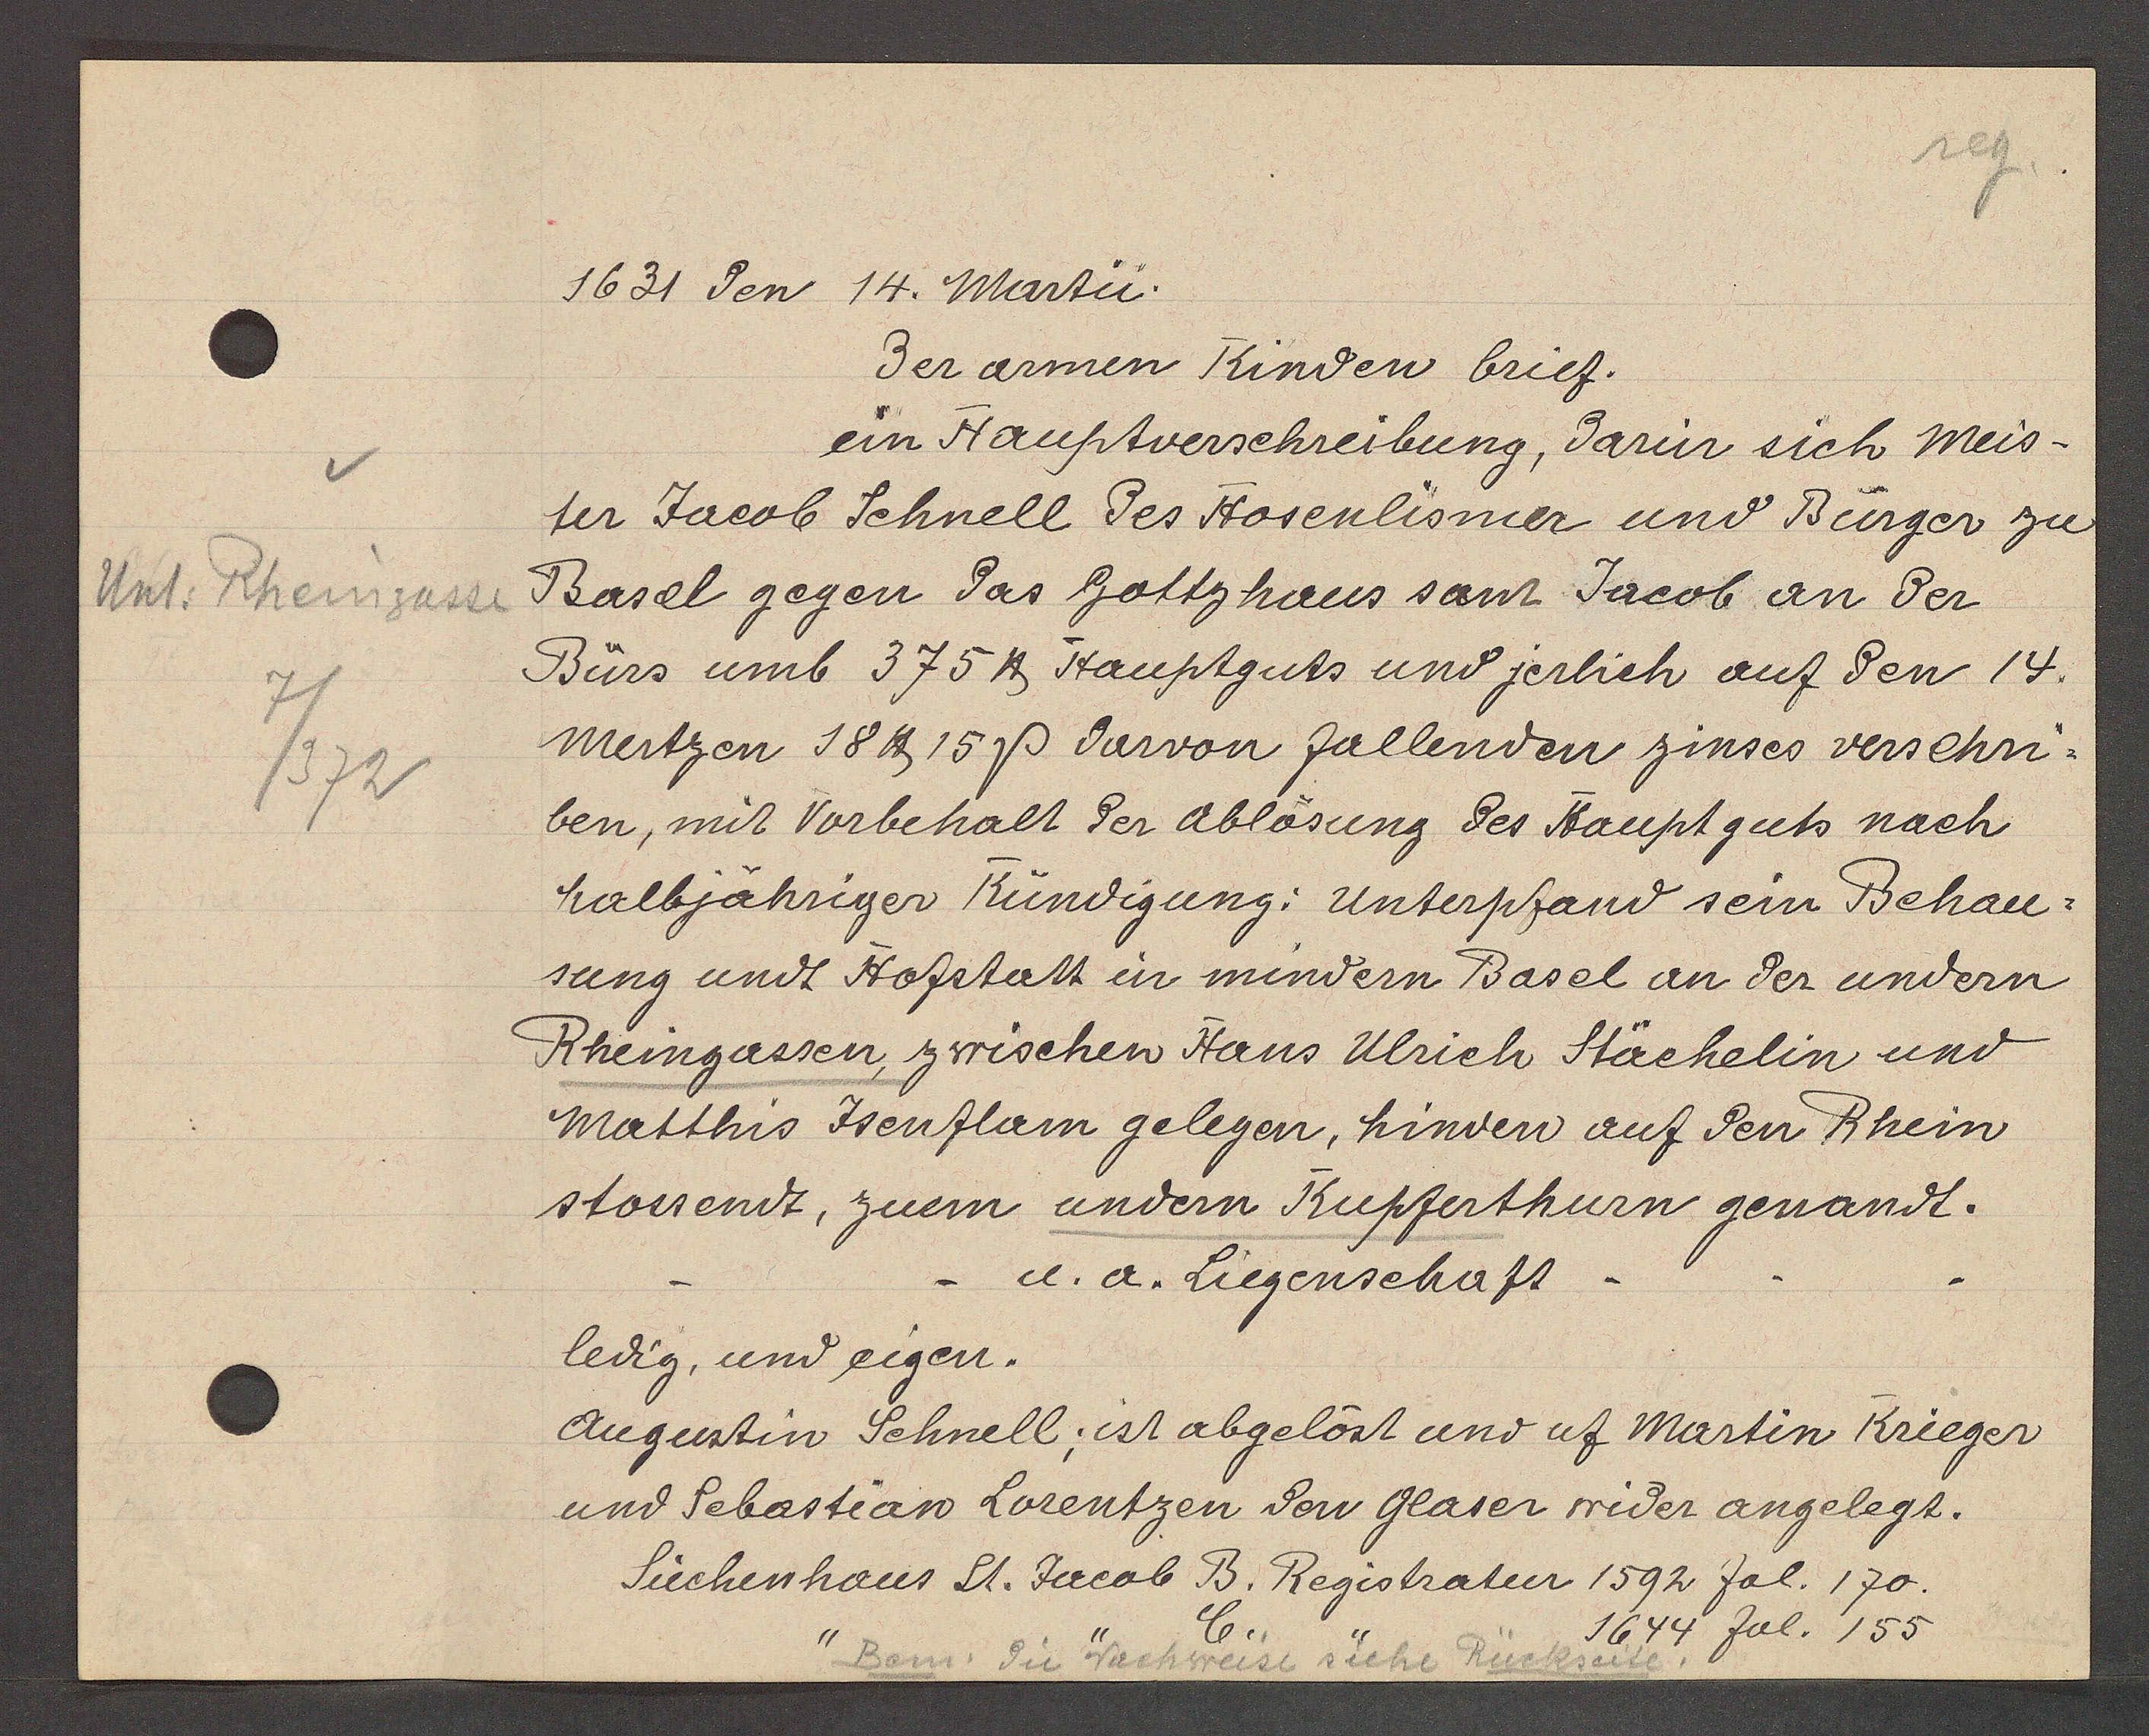
Transcript:
Unt. Rheingasse
7/372

1631 den 14. Martii.

der armen Kinden brief.
ein Hauptverschreibung, darin sich Meis¬
ter Jacob Schnell des Hosenlismer und Bürger zu
Basel gegen das Gottzhaus samt Jacob an der
Bürs umb 375 ℔ Hauptguts und jerlich auf den 14.
Mertzen 18 ℔ 15ß darvon fallenden zinses verschn.
ben, mit Vorbehalt der Ablösung des Hauptguts nach
halbzahriger Kündigung: Unterpfand sein Behau-
sung undt Hofstatt in mindern Basel an der undern
Rheingassen, zwischen Hans Ulrich Stächelin und
Matthis Jsenflam gelegen, hinden auf den Rhein
stossendt, zuem undern Kupferthurn genandt.
u. a. Liegenschaft
ledig, und eigen.
Augustin Schnell; ist abgelöst und uf Martin Krieger
und Sebastian Lorentzen den Glaser wider angelegt.
Liechenhaus St. Jacob B. Registratur 1592 fol. 170.
1644 fol. 155
G

Bom. die Nachweise siehe Rückseite.